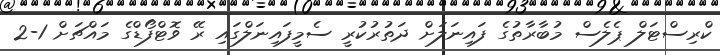
ކްރިސްޓަލް ޕެލެސް މުބާރާތުގެ ފައިނަލަށް ދަތުރުކުރީ ސެމީފައިނަލްގައި ރޭ ވޮޓްފޯޑްގެ މައްޗަށް 1-2